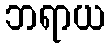
ဘရာယ